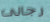
رجالى